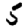
Digit: 5